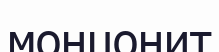
монцонит